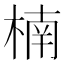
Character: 楠